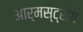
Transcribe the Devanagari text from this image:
आर्मस्ट्रौंग